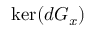
\ker ( d G _ { x } )